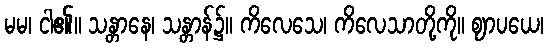
မမ၊ ငါ၏။ သန္တာနေ၊ သန္တာန်၌။ ကိလေသေ၊ ကိလေသာတို့ကို။ ဈာပယေ၊